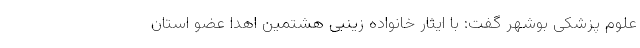
علوم پزشکی بوشهر گفت: با ایثار خانواده زینبی هشتمین اهدا عضو استان